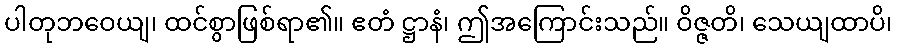
ပါတုဘဝေယျ၊ ထင်စွာဖြစ်ရာ၏။ ဧတံ ဋ္ဌာနံ၊ ဤအကြောင်းသည်။ ဝိဇ္ဇတိ၊ သေယျထာပိ၊